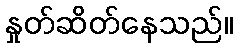
နှုတ်ဆိတ်နေသည်။